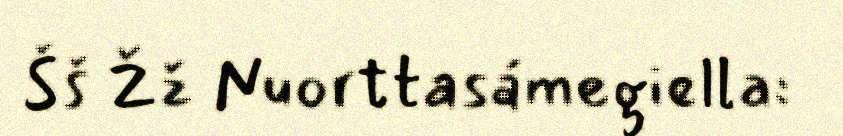
Šš Žž Nuorttasámegiella: